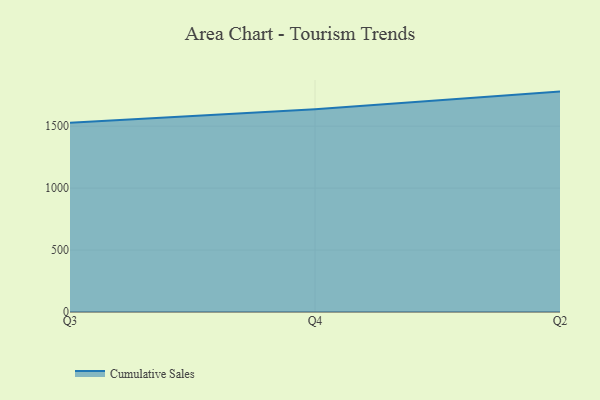
{"axis": {"x": "Quarter", "y": "Shipments"}, "legend": ["Cumulative Sales"], "data": [{"x": "Q3", "y": 1528.0, "type": "Cumulative Sales"}, {"x": "Q4", "y": 1637.2, "type": "Cumulative Sales"}, {"x": "Q2", "y": 1779.1, "type": "Cumulative Sales"}]}